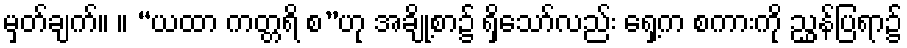
မှတ်ချက်။ ။ “ယထာ ကတ္တရိ စ”ဟု အချို့စာ၌ ရှိသော်လည်း ရှေ့က စကားကို ညွှန်ပြရာ၌